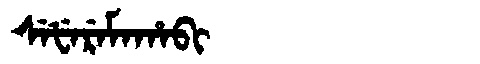
Manchu: ᠰᡝᡶᡝᡵᡝᠮᠠᡥᠠᠪᡳ
Romanization: SEFEREMAHABI